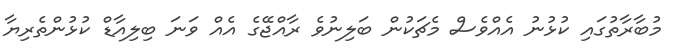
މުބާރާތުގައި ކުޅުނު އެއްވެސް މެޗަކުން ބަލިނުވެ ރާއްޖޭގެ އެއް ވަނަ ބިލިއާޑް ކުޅުންތެރިޔާ